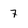
Character: 7